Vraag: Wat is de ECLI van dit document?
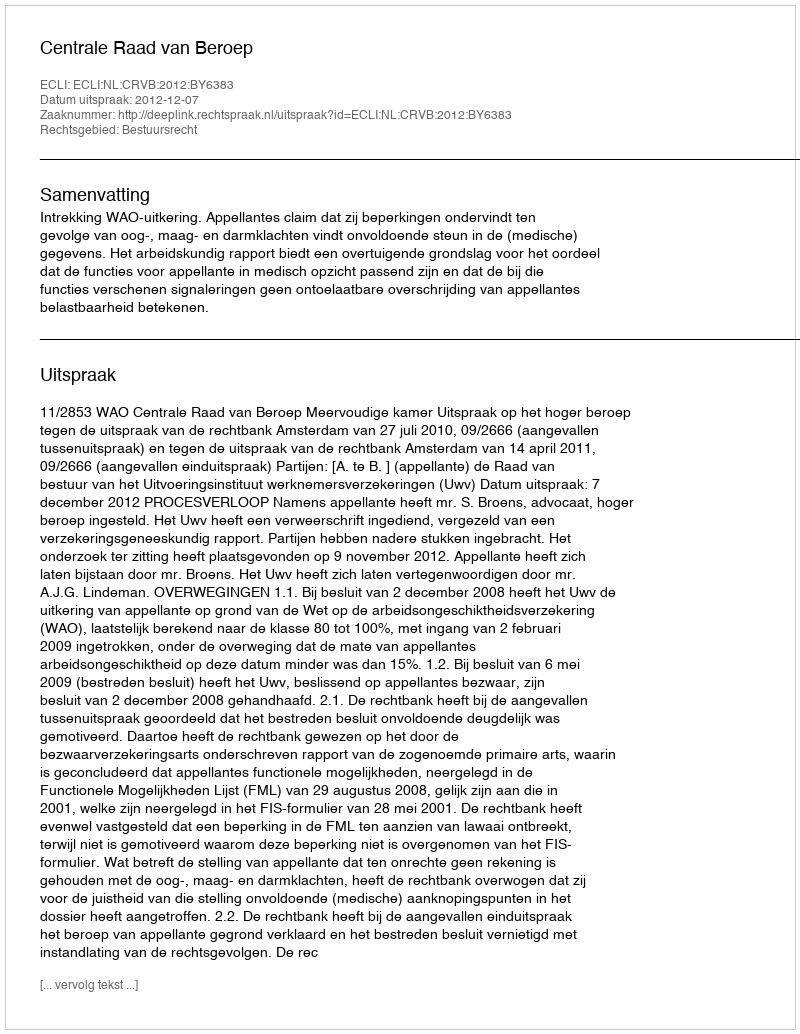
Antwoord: ECLI:NL:CRVB:2012:BY6383